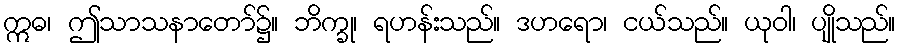
ဣဓ၊ ဤသာသနာတော်၌။ ဘိက္ခု၊ ရဟန်းသည်။ ဒဟရော၊ ငယ်သည်။ ယုဝါ၊ ပျိုသည်။